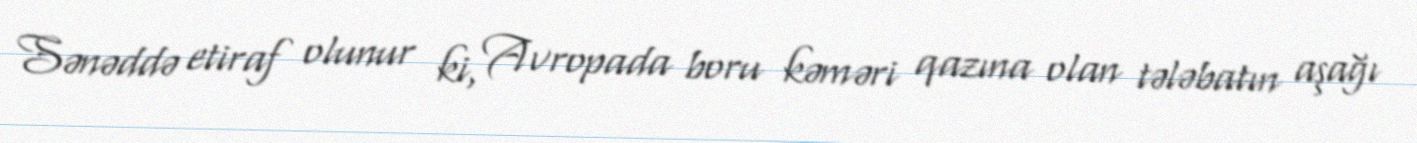
Sənəddə etiraf olunur ki, Avropada boru kəməri qazına olan tələbatın aşağı